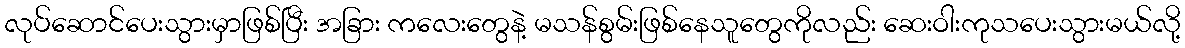
လုပ်ဆောင်ပေးသွားမှာဖြစ်ပြီး အခြား ကလေးတွေနဲ့ မသန်စွမ်းဖြစ်နေသူတွေကိုလည်း ဆေးဝါးကုသပေးသွားမယ်လို့